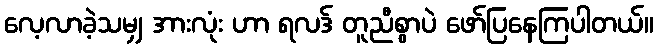
လေ့လာခဲ့သမျှ အားလုံး ဟာ ရလဒ် တူညီစွာပဲ ဖော်ပြနေကြပါတယ်။